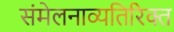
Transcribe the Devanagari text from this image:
संमेलनाव्यतिरिक्त